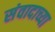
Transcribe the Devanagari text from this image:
संवादाच्या